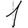
Digit: 1